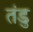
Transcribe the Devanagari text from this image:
तंडु